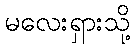
မလေးရှားသို့